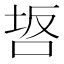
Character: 𭇸